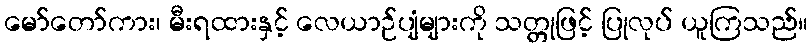
မော်တော်ကား၊ မီးရထားနှင့် လေယာဉ်ပျံများကို သတ္တုဖြင့် ပြုလုပ် ယူကြသည်။